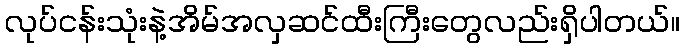
လုပ်ငန်းသုံးနဲ့အိမ်အလှဆင်ထီးကြီးတွေလည်းရှိပါတယ်။